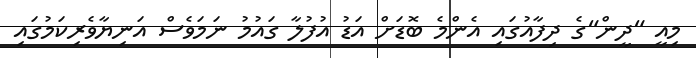
މިއީ "ދީން"ގެ ދިފާއުގައި އެންމެ ބޮޑަށް އަޑު އުފުލާ ގައުމު ނަމަވެސް އަނިޔާވެރިކަމުގައި